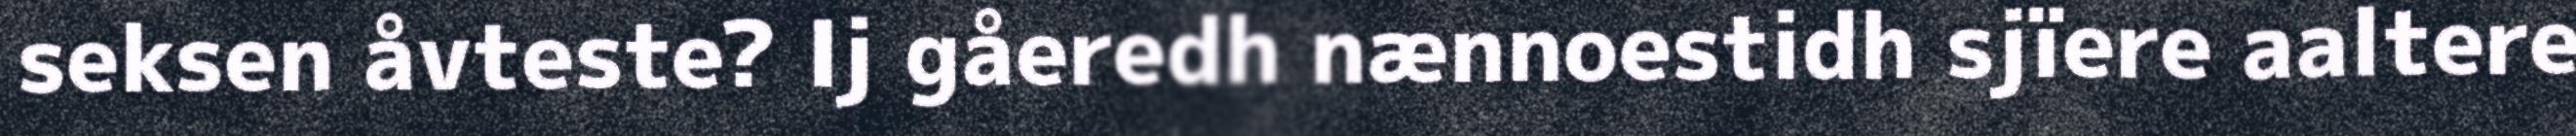
seksen åvteste? Ij gåeredh nænnoestidh sjïere aaltere